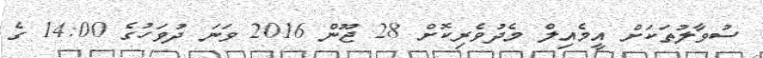
ސުވާލުތަކަށް އީމެއިލް މެދުވެރިކޮށް 28 ޖޫން 2016 ވަނަ ދުވަހުގެ 14:00 ގެ